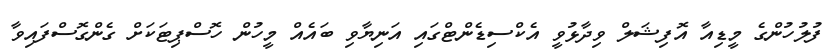
ފުލުހުންގެ މީޑިއާ އޮފިޝަލް ވިދާޅުވީ އެކްސިޑެންޓްގައި އަނިޔާވި ބައެއް މީހުން ހޮސްޕިޓަކަށް ގެންގޮސްފައިވާ